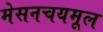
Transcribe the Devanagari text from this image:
मेसनचयमूल